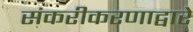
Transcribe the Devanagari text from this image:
संकरीकरणाद्वारे